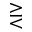
\gtreqless